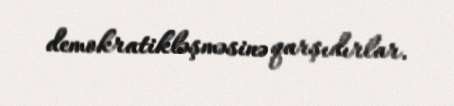
demokratikləşməsinə qarşıdırlar.